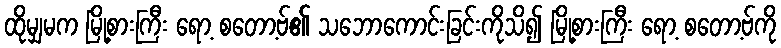
ထိုမျှမက မြို့စားကြီး ရော့ စတော့ဗ်၏ သဘောကောင်းခြင်းကိုသိ၍ မြို့စားကြီး ရော့ စတော့ဗ်ကို